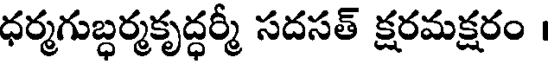
ధర్మగుబ్ధర్మకృద్ధర్మీ సదసత్ క్షరమక్షరం ।